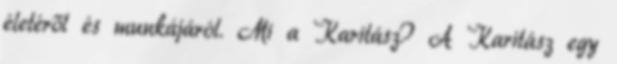
életéről és munkájáról. Mi a Karitász? A Karitász egy